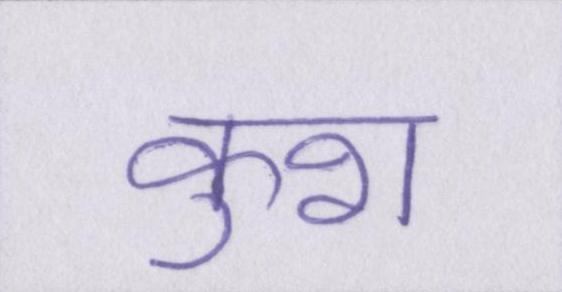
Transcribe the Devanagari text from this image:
कुश